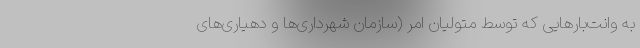
به وانت‌بارهایی که توسط متولیان امر (سازمان شهرداری‌ها و دهیاری‌های